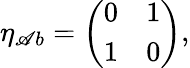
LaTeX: \eta_{\mathscr{A}b}=\left(\begin{array}{cc}{{0}}&{{1}}\\ {{1}}&{{0}}\end{array}\right),